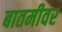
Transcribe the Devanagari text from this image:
बातमीवर